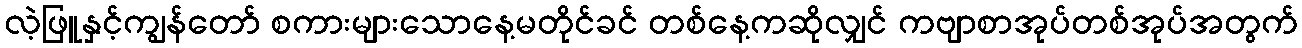
လဲ့ဖြူနှင့်ကျွန်တော် စကားများသောနေ့မတိုင်ခင် တစ်နေ့ကဆိုလျှင် ကဗျာစာအုပ်တစ်အုပ်အတွက်